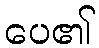
ပေ၏